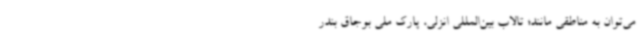
می‌توان به مناطقی مانند؛ تالاب بین‌المللی انزلی، پارک ملی بوجاق بندر